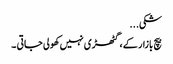
شکی...
بیچ بازار کے ، گٹھڑی نہیں کھولی جاتی ۔